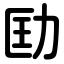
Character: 劻